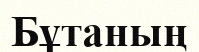
Бұтаның